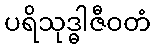
ပရိသုဒ္ဓါဇီဝတံ